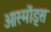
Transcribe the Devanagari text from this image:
ओस्मोंड्स